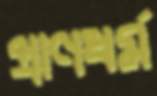
প্রাণধর্ম